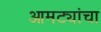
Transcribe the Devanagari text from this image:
आमट्यांचा